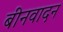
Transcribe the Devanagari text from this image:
बीनवादन